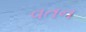
વતન